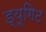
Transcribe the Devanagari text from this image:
ड्यूगिट